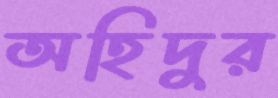
অহিদুর